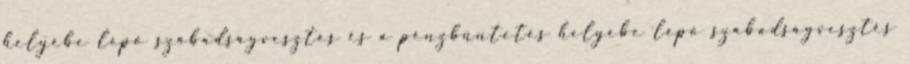
helyébe lépő szabadságvesztés és a pénzbüntetés helyébe lépő szabadságvesztés